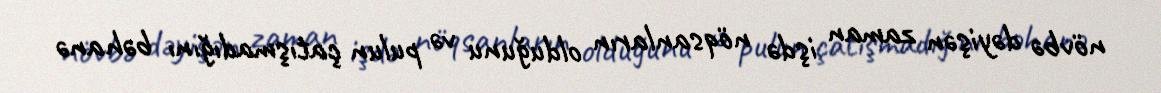
növbə dəyişən zaman işdə nöqsanların olduğunu və pulun çatışmadığını bəhanə